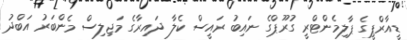
ޑީއާރްޕީގެ ޕާލިމެންޓްރީ ގުރޫޕްގެ ނައިބު ރައީސް ކެލާ ދައިރާގެ މަޖިލިސް މެންބަރު އަބްދު